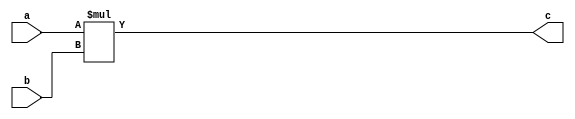
module VerilogMultiplier(
    input  wire signed [31:0] a,
    input  wire signed [31:0] b,
    output wire signed [63:0] c
);
    assign c = a * b;
endmodule

module SyncVerilogMultiplier(
    input wire signed [31:0] a,
    input wire signed [31:0] b,
    output wire signed [63:0] c,
    input wire clk,
    input wire rst
);
    reg slow_clk = 1'b1;
    reg [31:0] in_a = 32'b0;
    reg [31:0] in_b = 32'b0;
    reg [63:0] out_c;

    assign c = out_c;

    wire [63:0] temp_c;
    VerilogMultiplier mul(
        .a(in_a),
        .b(in_b),
        .c(temp_c)
    );

    reg [31:0] counter = 32'b1;

    always @(posedge slow_clk, posedge rst) begin
        if (rst) begin
            in_a <= 32'b0;
            in_b <= 32'b0;
            out_c <= 64'b0;
        end else begin
            in_a <= a;
            in_b <= b;
            out_c <= temp_c;
        end
    end

    always @(posedge clk , posedge rst) begin
        if (rst) begin
            //reset signal
            counter <= 32'b1;
            slow_clk <= 1'b0;
        end else begin
            if (counter[5] == 1'b1) begin // this will delay until the bit you select +1 x2 (for example this will delay 6 cycles)
                counter <= 32'b1;
                slow_clk <= ~slow_clk;    // flip clk
            end else begin
                counter[31:1] <= counter[30:0];
                counter[0] <= 1'b1;
            end
        end
    end
    
endmodule